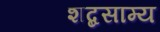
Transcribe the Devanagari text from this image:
शब्दसाम्य